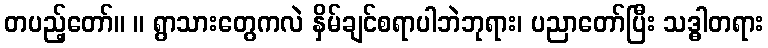
တပည့်တော်။ ။ ရွာသားတွေကလဲ နှိမ်ချင်စရာပါဘဲဘုရား၊ ပညာတော်ပြီး သဒ္ဓါတရား